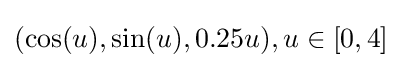
(\cos(u),\sin(u),0.25u),u\in [0,4]